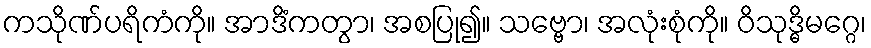
ကသိုဏ်ပရိကံကို။ အာဒိံကတွာ၊ အစပြု၍။ သဗ္ဗော၊ အလုံးစုံကို။ ဝိသုဒ္ဓိမဂ္ဂေ၊